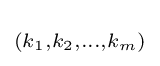
\scriptstyle {(k_{1},k_{2},\ldots ,k_{m})}